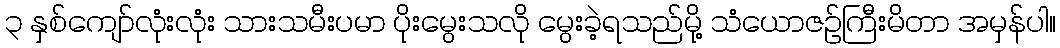
၃ နှစ်ကျော်လုံးလုံး သားသမီးပမာ ပိုးမွေးသလို မွေးခဲ့ရသည်မို့ သံယောဇဉ်ကြီးမိတာ အမှန်ပါ။